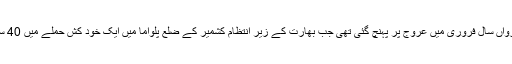
پاکستان اور بھارت کے درمیان کشیدگی رواں سال فروری میں عروج پر پہنچ گئی تھی جب بھارت کے زیرِ انتظام کشمیر کے ضلع پلواما میں ایک خود کش حملے میں 40 سے زائد بھارتی فوجی ہلاک ہو گئے تھے۔